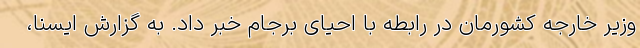
وزیر خارجه کشورمان در رابطه با احیای برجام خبر داد. به گزارش ایسنا،